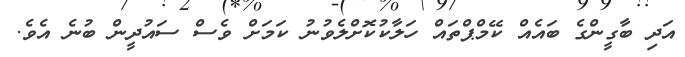
އަދި ބާގީންގެ ބައެއް ކޭމްޕްތައް ހަލާކުކޮށްލެވުނު ކަމަށް ވެސް ސައުދީން ބުނެ އެވެ.